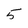
Character: 5